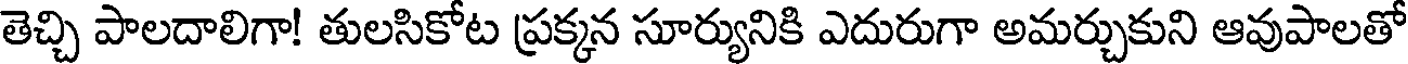
తెచ్చి పాలదాలిగా! తులసికోట ప్రక్కన సూర్యునికి ఎదురుగా అమర్చుకుని ఆవుపాలతో